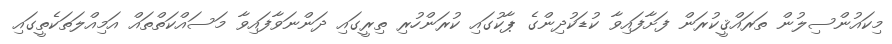
މިކައުންސިލުން ތަރައްޤީކުރަން ފަށާފައިވާ ކުޑަކުދިންގެ ޕާކުގައި ކުރަންހުރި ތިރީގައި ދަންނަވާފައިވާ މަސައްކަތްތައް އަމިއްލަތަކެތީގައި